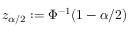
z _ { \alpha / 2 } : = \Phi ^ { - 1 } ( 1 - \alpha / 2 )